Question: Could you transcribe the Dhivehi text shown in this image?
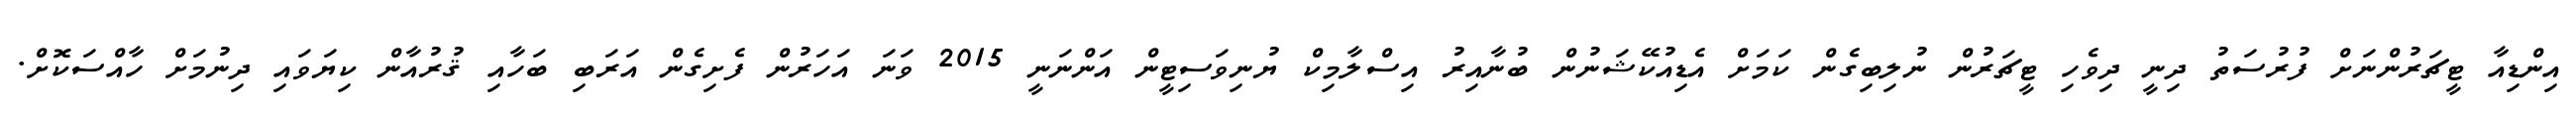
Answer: އިންޑިއާ ޓީޗަރުންނަށް ފުރުސަތު ދިނީ ދިވެހި ޓީޗަރުން ނުލިބިގެން ކަމަށް އެޑިއުކޭޝަނުން ބުނާއިރު އިސްލާމިކް ޔުނިވަސިޓީން އަންނަނީ 2015 ވަނަ އަހަރުން ފެށިގެން އަރަބި ބަހާއި ޤުރުއާން ކިޔަވައި ދިނުމަށް ހާއްސަކޮށް.